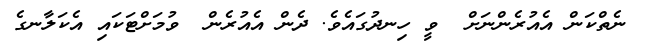
ނެތްކަން އެއުރެންނަށް  ވީ ހިނދުގައެވެ. ދެން އެއުރެން  ވުމަށްޓަކައި އެކަލާނގެ